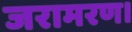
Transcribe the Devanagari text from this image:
जरामरण।